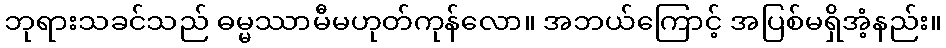
ဘုရားသခင်သည် ဓမ္မဿာမီမဟုတ်ကုန်လော။ အဘယ်ကြောင့် အပြစ်မရှိအံ့နည်း။